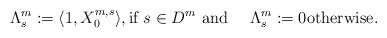
LaTeX: \begin{align*}\Lambda^{m}_{s}:=\langle 1,X^{m,s}_{0}\rangle, \mbox{if }s\in D^{m}\mbox{ and }\quad\Lambda^{m}_{s}:=0\mbox{otherwise}.\end{align*}